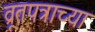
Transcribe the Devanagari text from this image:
व्रूतपत्राच्या